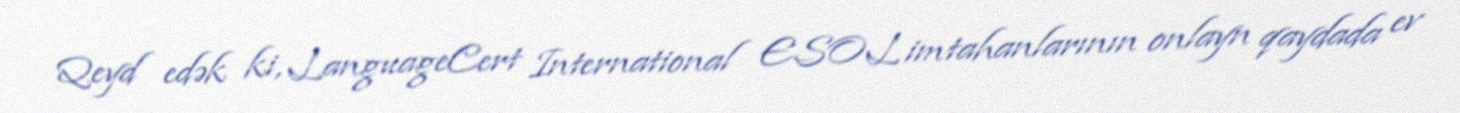
Qeyd edək ki, LanguageCert International ESOL imtahanlarının onlayn qaydada ev